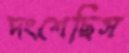
দংশেছিস